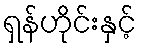
ရှန်ဟိုင်းနှင့်